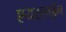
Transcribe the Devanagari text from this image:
एयरलाईन